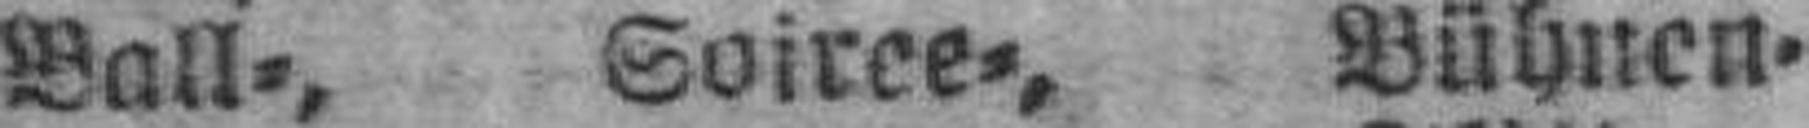
Ball=, Soiree=, Bühnen=